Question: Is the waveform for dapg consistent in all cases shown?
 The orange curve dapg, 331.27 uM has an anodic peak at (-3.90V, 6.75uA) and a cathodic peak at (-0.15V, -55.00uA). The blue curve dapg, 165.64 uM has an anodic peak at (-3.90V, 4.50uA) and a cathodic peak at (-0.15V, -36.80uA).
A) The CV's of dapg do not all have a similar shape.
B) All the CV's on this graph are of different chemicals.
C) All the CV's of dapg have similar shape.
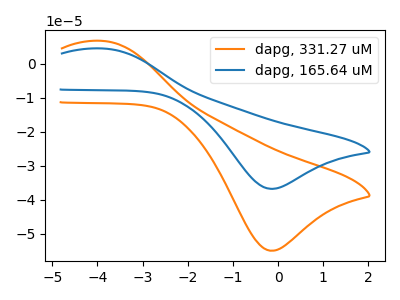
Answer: <think>All the peaks in "dapg, 331.27 uM" have a peak in "dapg, 165.64 uM" at the same potential. Every peak in "dapg, 331.27 uM" is higher than every peak in "dapg, 165.64 uM".
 </think>
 <answer>C) All the CV's of "dapg" have similar shape.</answer>
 <eval>C</eval>